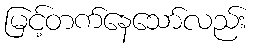
မြင့်တက်နေသော်လည်း